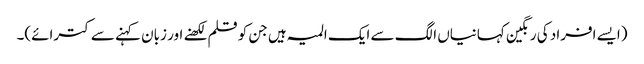
(ایسے افراد کی رنگین کہانیاں الگ سے ایک المیہ ہیں جن کو قلم لکھنے اور زبان کہنے سے کترائے)۔